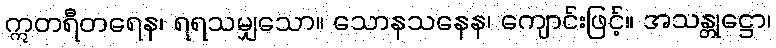
ဣတရီတရေန၊ ရရသမျှသော။ သောနသနေန၊ ကျောင်းဖြင့်။ အသန္တုဋ္ဌော၊